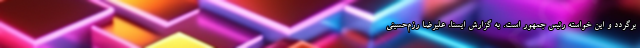
برگردد و این خواسته رئیس جمهور است. به گزارش ایسنا، علیرضا رزم‌حسینی